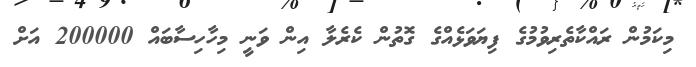
މިކަމުން ރައްކާތެރިވުމުގެ ފިޔަވަޅެއްގެ ގޮތުން ކެރެލާ އިން ވަނީ މިހާހިސާބައް 200000 އަށް